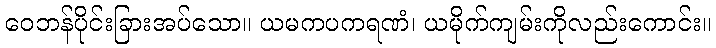
ဝေဘန်ပိုင်းခြားအပ်သော။ ယမကပကရဏံ၊ ယမိုက်ကျမ်းကိုလည်းကောင်း။